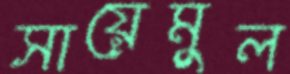
সায়েমুল